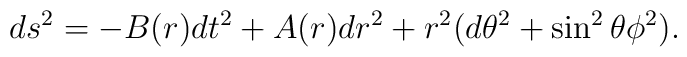
d{s}^{2}  =  -B(r)d{t}^{2}+A(r)dr^2+r^2(d\theta^2+\sin^2\theta\phi^2).